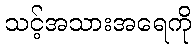
သင့်အသားအရေကို